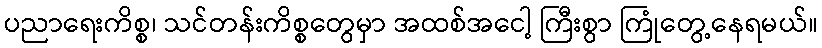
ပညာရေးကိစ္စ၊ သင်တန်းကိစ္စတွေမှာ အထစ်အငေါ့ ကြီးစွာ ကြုံတွေ့နေရမယ်။